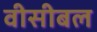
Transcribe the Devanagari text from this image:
वीसीबल